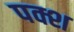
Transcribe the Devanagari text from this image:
पक्श